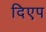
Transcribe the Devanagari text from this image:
दिएप